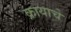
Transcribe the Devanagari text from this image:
क्रायाचे